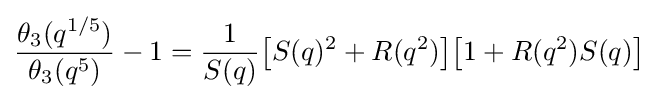
{\frac {\theta _{3}(q^{1/5})}{\theta _{3}(q^{5})}}-1={\frac {1}{S(q)}}{\bigl [}S(q)^{2}+R(q^{2}){\bigr ]}{\bigl [}1+R(q^{2})S(q){\bigr ]}